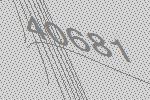
40681